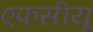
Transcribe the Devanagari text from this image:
एफसीयू